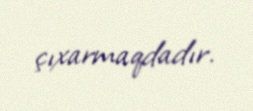
çıxarmaqdadır.